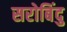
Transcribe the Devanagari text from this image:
सरोबिंदु